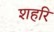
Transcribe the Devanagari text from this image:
शहरि